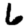
Digit: 6